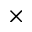
\times